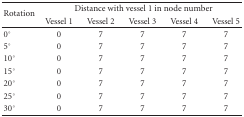
<table><thead><tr><td rowspan="2"><b> Rotation</b></td><td colspan="5"><b>Distance with vessel 1 in node number</b></td></tr><tr><td><b>Vessel 1</b></td><td><b>Vessel 2</b></td><td><b>Vessel 3</b></td><td><b>Vessel 4</b></td><td><b>Vessel 5</b></td></tr></thead><tbody><tr><td>0°</td><td>0</td><td>7</td><td>7</td><td>7</td><td>7</td></tr><tr><td>5°</td><td>0</td><td>7</td><td>7</td><td>7</td><td>7</td></tr><tr><td>10°</td><td>0</td><td>7</td><td>7</td><td>7</td><td>7</td></tr><tr><td>15°</td><td>0</td><td>7</td><td>7</td><td>7</td><td>7</td></tr><tr><td>20°</td><td>0</td><td>7</td><td>7</td><td>7</td><td>7</td></tr><tr><td>25°</td><td>0</td><td>7</td><td>7</td><td>7</td><td>7</td></tr><tr><td>30°</td><td>0</td><td>7</td><td>7</td><td>7</td><td>7</td></tr></tbody></table>